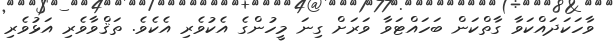
ވާހަކަދައްކަވާ ގާތްކަން ބަހައްޓަވާ ވަރަށް ގިނަ މީހުންގެ އެކުވެރި އެކެވެ. ތަޤްވާވެރި އަޅުވެރި